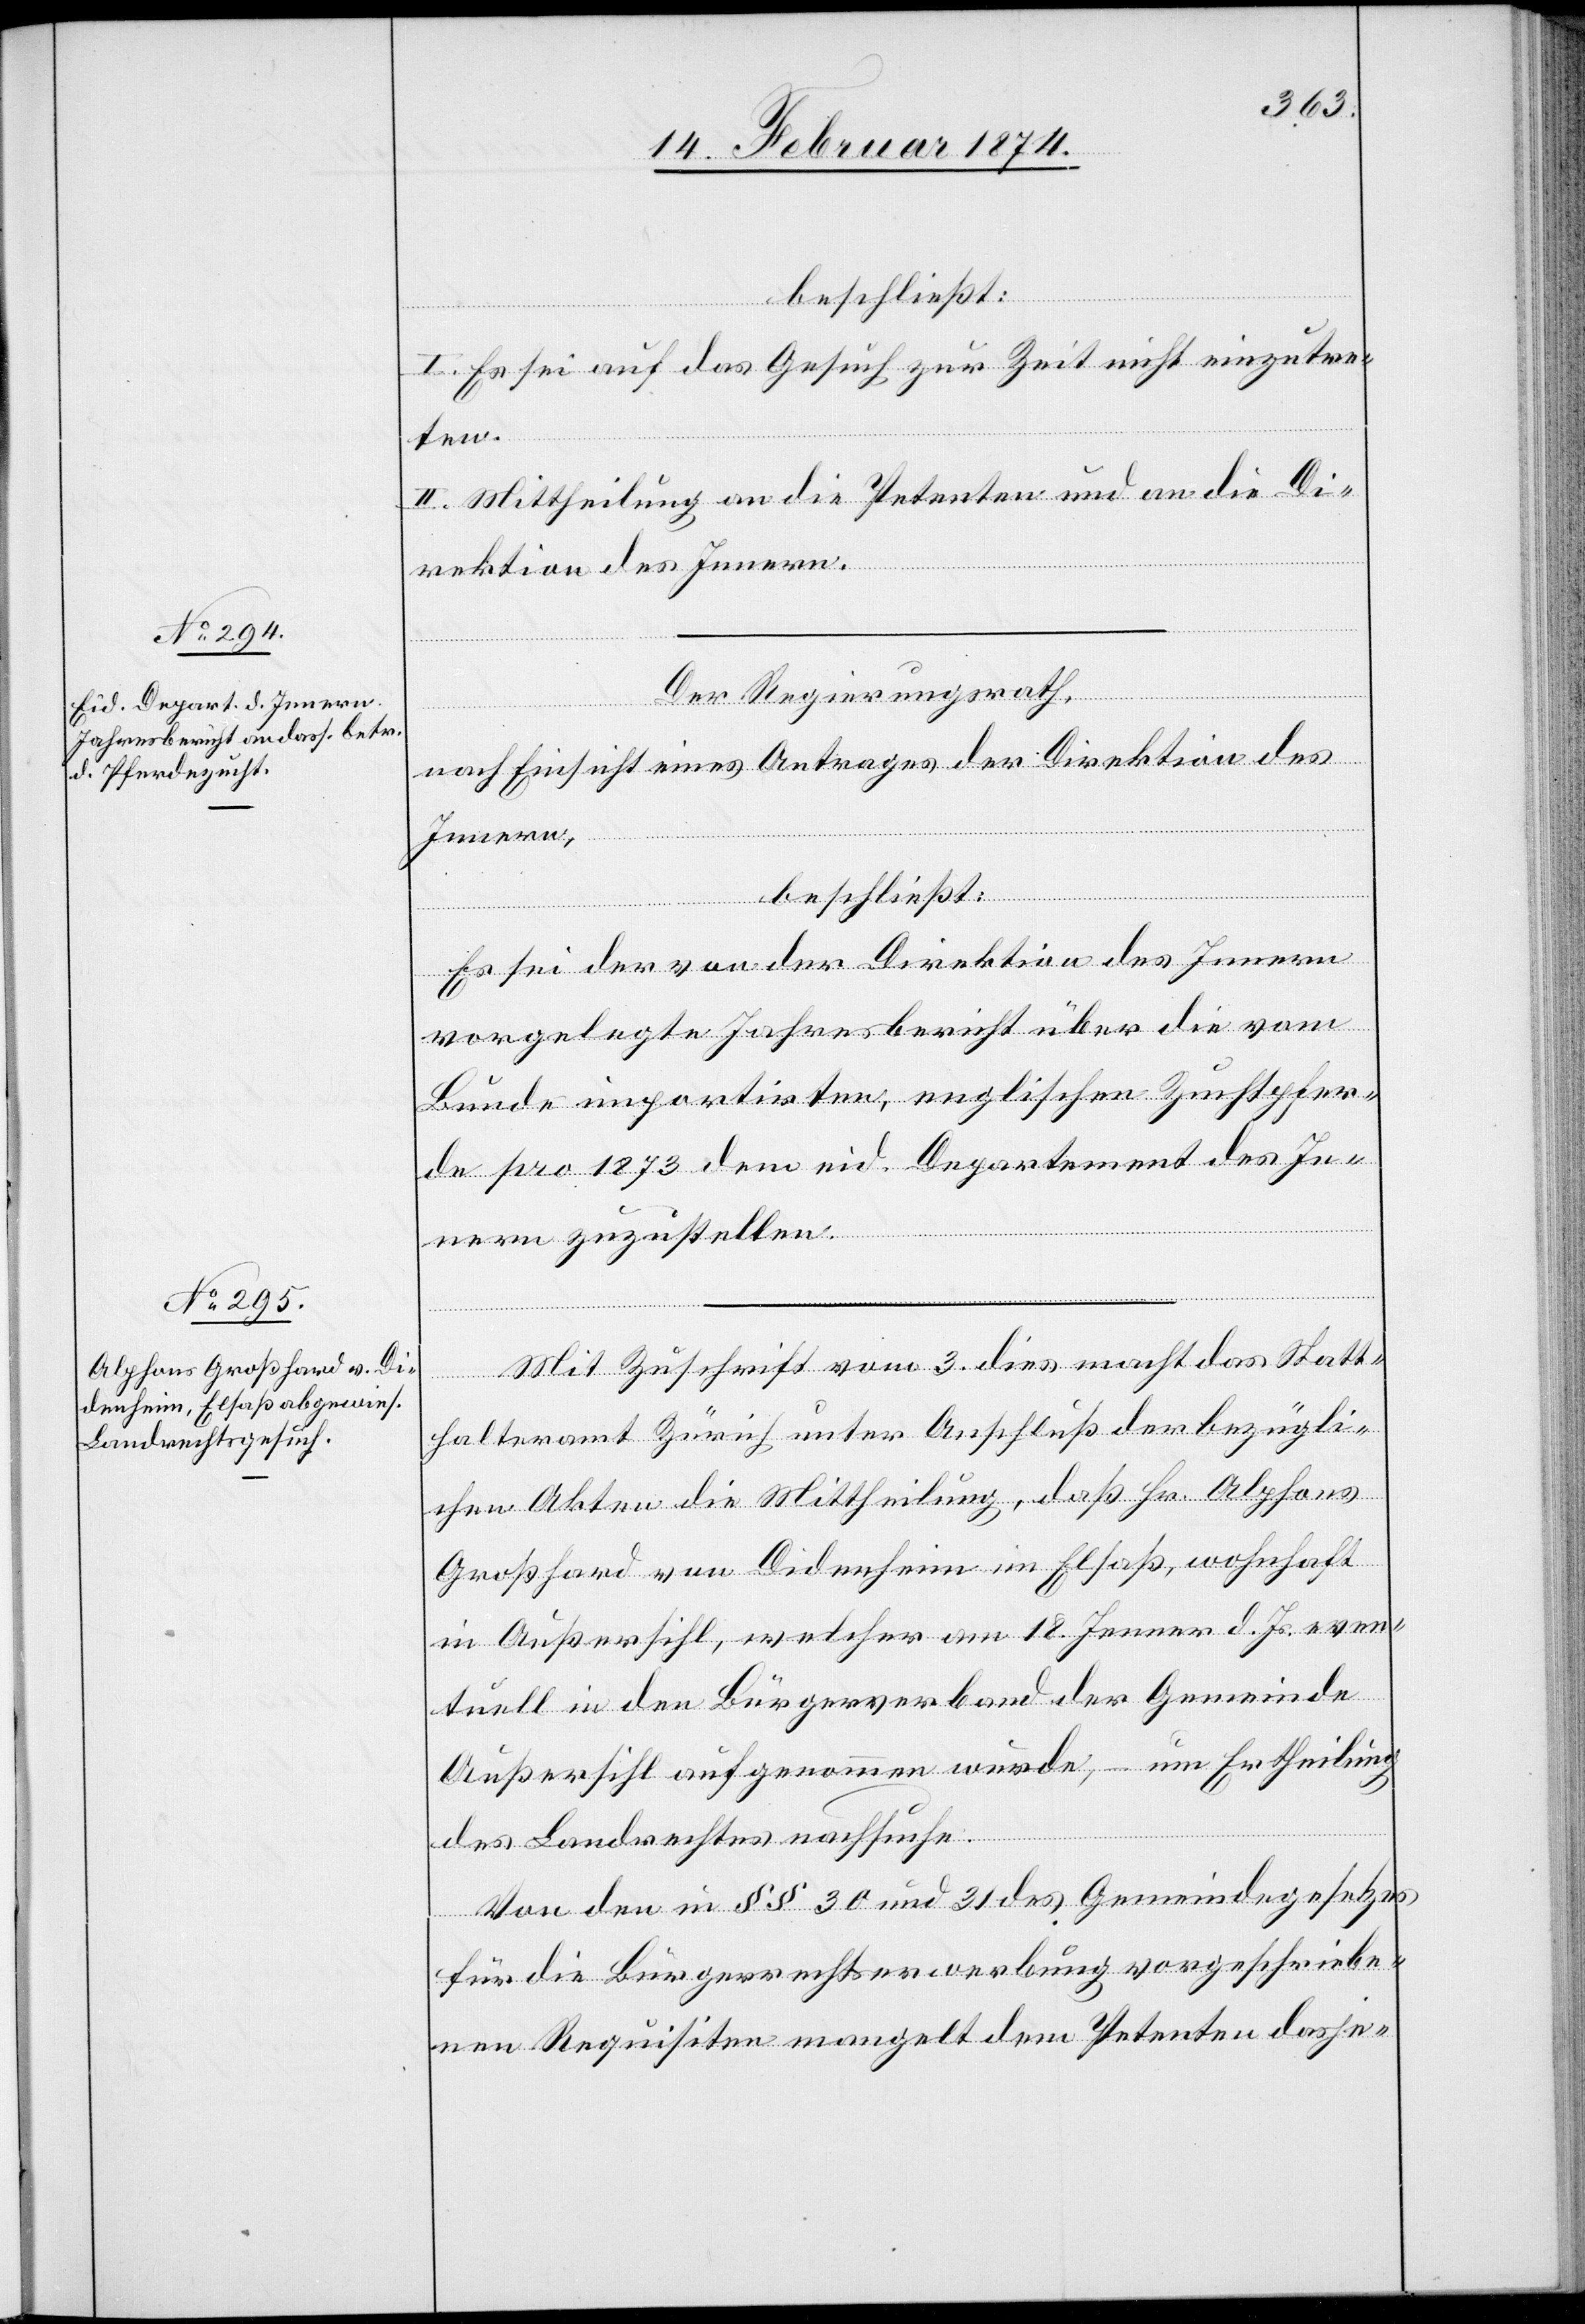
beschließt:
I. Es sei auf das Gesuch zur Zeit nicht einzutre¬
ten.
II. Mittheilung an die Petenten und an die Di¬
rektion des Innern.
Der Regierungsrath,
nach Einsicht eines Antrages der Direktion des
Innern,
Sta¬
beschließt:
Es sei der von der Direktion des Innern,
vorgelegte Jahresbericht über die vom
Bunde importirten, englischen Zuchtpfer¬
de pro 1873 dem eid. Departement des In¬
nern zuzustellen.
tthalteramt Zürich unter Anschluß der bezügli¬
chen Akten die Mittheilung, daß Hr. Alphons
Großhard von Didenheim im Elsaß, wohnhaft
in Außersihl, welcher am 18. Jenner d. Js. even¬
tuell in den Bürgerverband der Gemeinde
Außersihl aufgenommen wurde, um Ertheilung
des Landrechtes nachsuche.
Von den in §§ 30 und 31 des Gemeindegesetzes
für die Bürgerrechtserwerbung vorgeschriebe¬
nen Requisiten mangelt dem Petenten dasje-